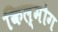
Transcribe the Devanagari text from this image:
किल्मोग